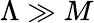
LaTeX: \Lambda\gg M